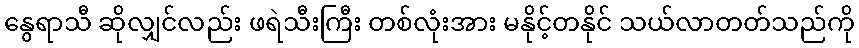
နွေရာသီ ဆိုလျှင်လည်း ဖရဲသီးကြီး တစ်လုံးအား မနိုင့်တနိုင် သယ်လာတတ်သည်ကို